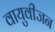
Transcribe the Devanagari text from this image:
वायुवीजन